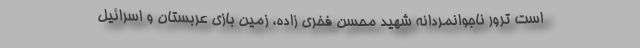
است ترور ناجوانمردانه شهید محسن فخری زاده، زمین بازی عربستان و اسرائیل